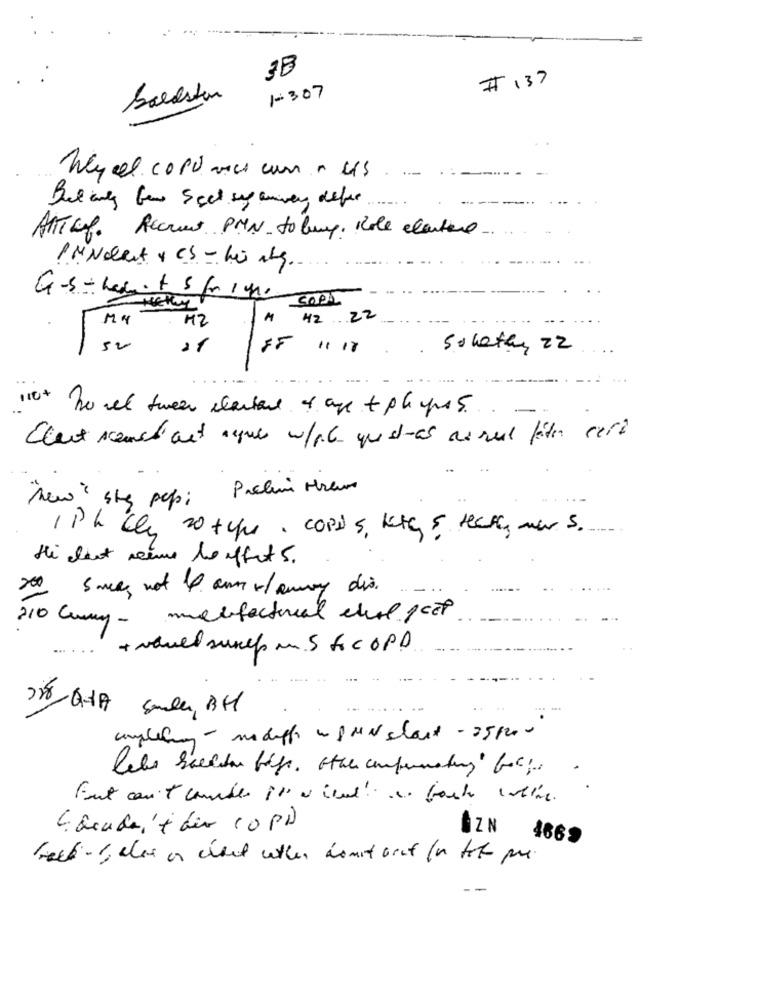
3B
# 137
ballston
1-307
Wy el copiaes cur . us
.......
ATTThef. Recruit PMN to lung. Kole eleutero
PM Nolent y CS - li ang.
G-s = herits fr 1 9.
Helly
My
M2
M
42 22
52
11
1. 17
So kethry 22
110 To wet tween scartare & are + players ...
Elect sconst aut agues w/pe queres no sul fiter sert
"New " sty pep; Pacli vereur
I Ph che 20 type corDs, kety & really mars.
Hi eleut seine Me ffert 5.
200 sace not 4 am -/any dis.
210 Gumy - melifactorial cheal fest
..
+ would suref ms foc OP.
200 G-19 Sala, BH
angleting - modigt a SUN clase - 35 /200
Fout can't comdes it a ind! ". fast wtime.
E acute; + dir 10PD
AZ N
1665